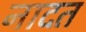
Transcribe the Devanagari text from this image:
नादत